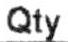
QTY